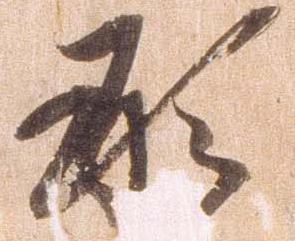
形